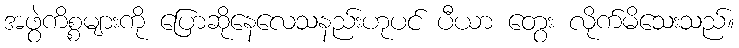
အဖွဲကိစ္စများကို ပြောဆိုနေလေသနည်းဟုပင် ပီယာ တွေး လိုက်မိသေးသည်။